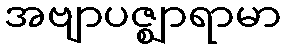
အဗျာပဇ္ဈာရာမာ